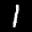
Label: 1